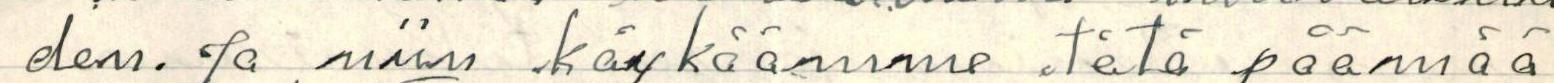
den. Ja niin käykäämme tätä päämää